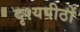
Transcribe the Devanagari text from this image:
दृश्यपीठों